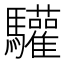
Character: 驩